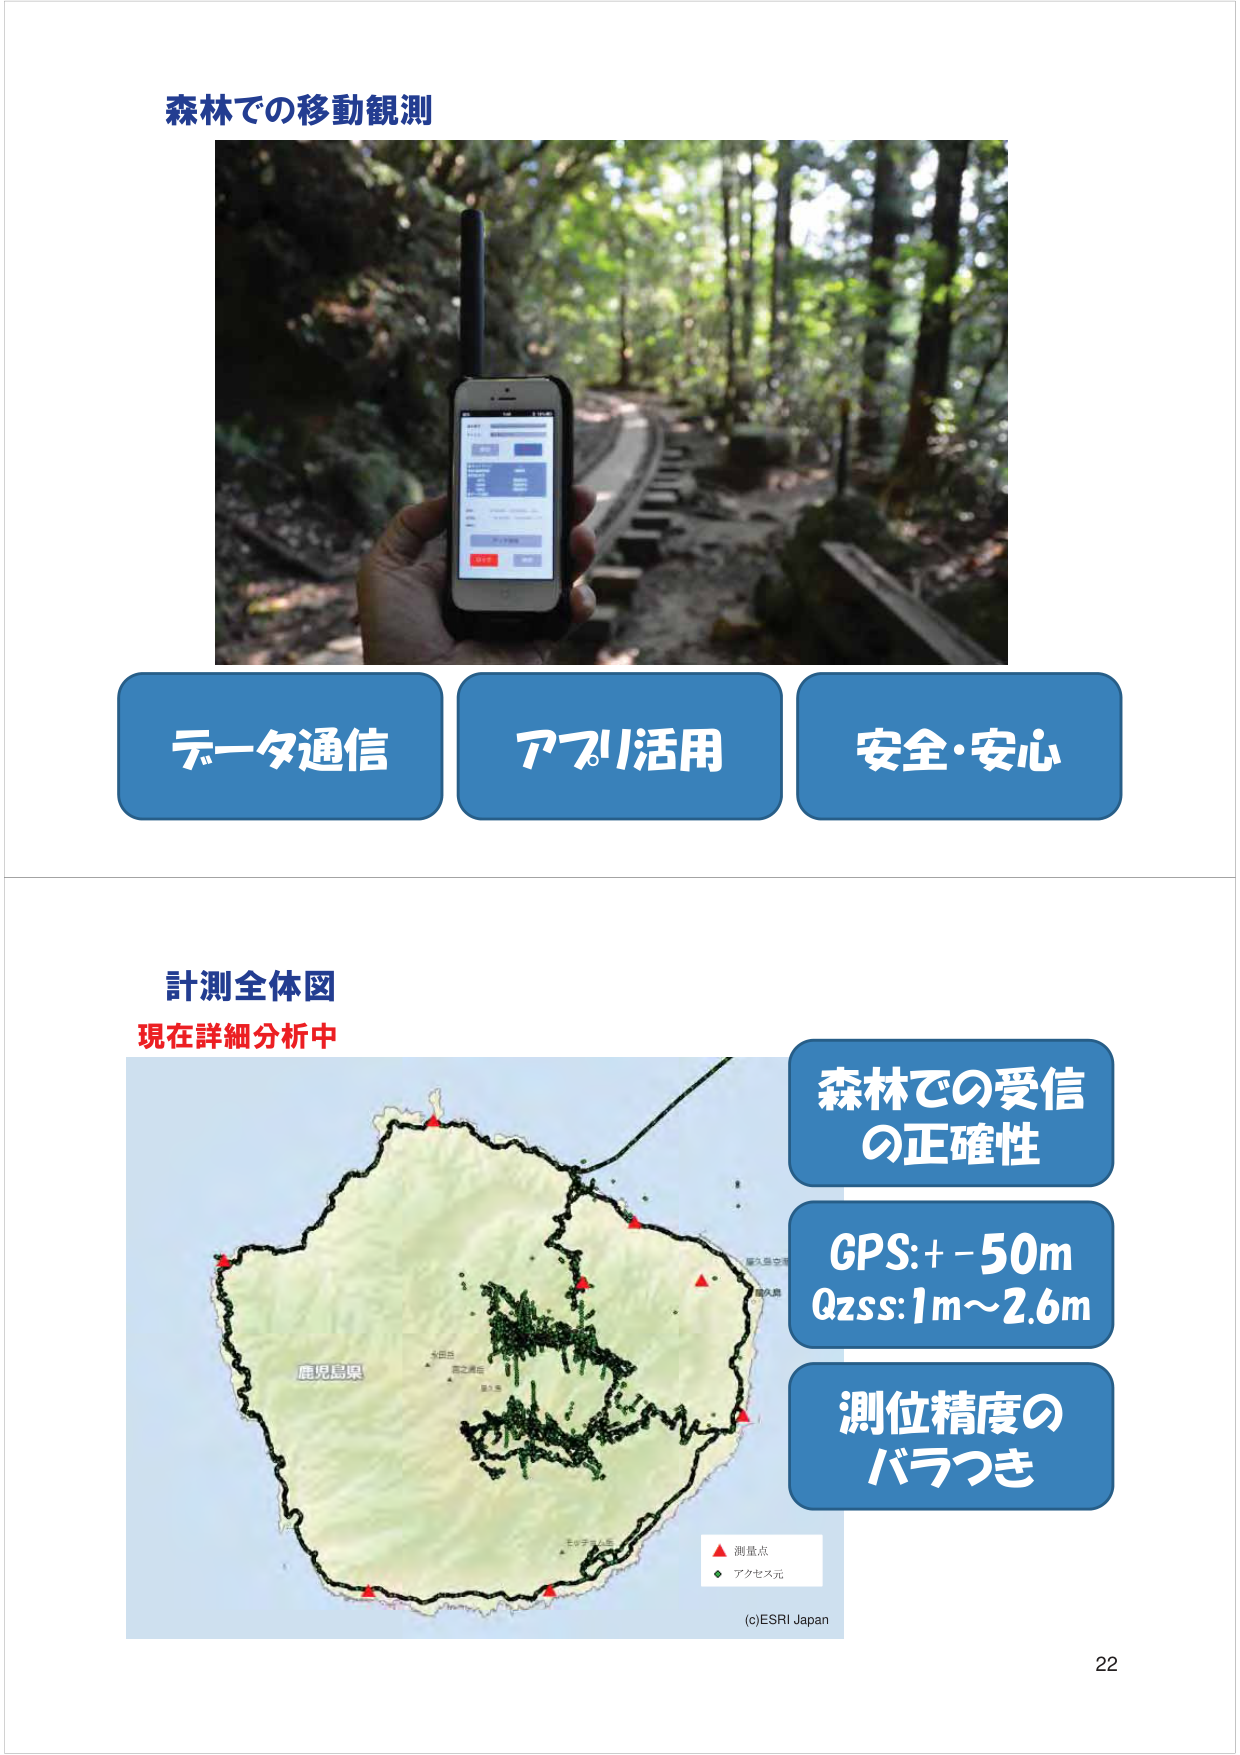
森林での移動観測

データ通信
アプリ活用
安全・安心

計測全体図
現在詳細分析中

森林での受信
の正確性

GPS: ±50m
Qzss: 1m～2.6m

測位精度の
バラつき

測量点
アクセス元

(c)ESRI Japan

22